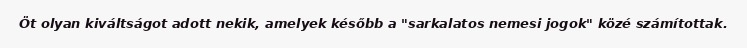
Öt olyan kiváltságot adott nekik, amelyek később a "sarkalatos nemesi jogok" közé számítottak.